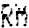
RM